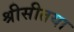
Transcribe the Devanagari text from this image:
श्रीसीतया